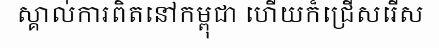
ស្គាល់ការពិតនៅកម្ពុជា ហើយក៏ជ្រើសរើស